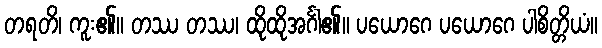
တရတိ၊ ကူး၏။ တဿ တဿ၊ ထိုထိုအင်္ဂါ၏။ ပယောဂေ ပယောဂေ ပါစိတ္တိယံ။